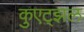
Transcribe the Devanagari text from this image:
कुएट्झल